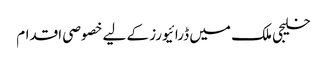
خلیجی ملک میں ڈرائیورز کے لیے خصوصی اقدام